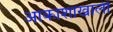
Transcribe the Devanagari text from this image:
आकाशाखाली